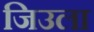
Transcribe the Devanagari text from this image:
जिउला